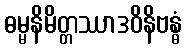
ဓမ္မနိမိတ္တဿာဒဝိနိဗန္ဓံ